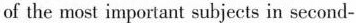
of the most important subjects in second-